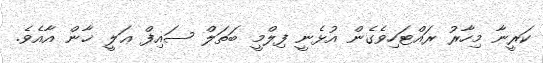
ކަރީނާ މިހާރު ރައްޓަހިވެގެން އުޅެނީ ފިލްމީ ބަތަލް ސައިފް ޢަލީ ޚާން އާއެވެ.